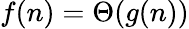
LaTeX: f(n)=\Theta(g(n))